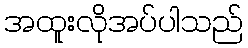
အထူးလိုအပ်ပါသည်